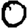
Digit: 0